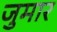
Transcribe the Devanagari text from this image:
जुमार